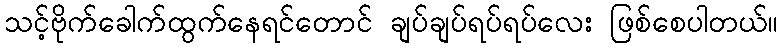
သင့်ဗိုက်ခေါက်ထွက်နေရင်တောင် ချပ်ချပ်ရပ်ရပ်လေး ဖြစ်စေပါတယ်။